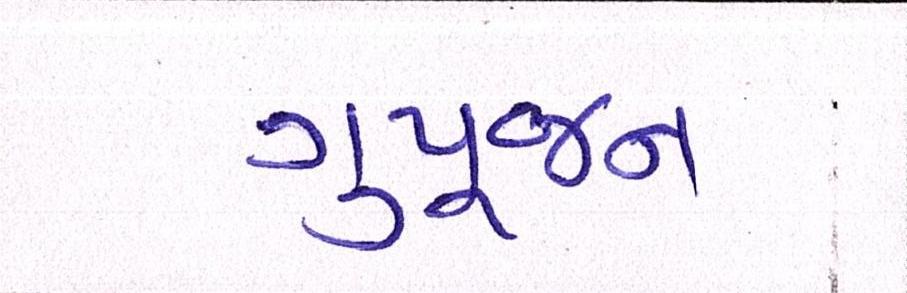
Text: ગુપૂજન